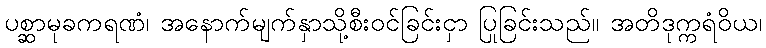
ပစ္ဆာမုခကရဏံ၊ အနောက်မျက်နှာသို့စီးဝင်ခြင်းငှာ ပြုခြင်းသည်။ အတိဒုက္ကရံဝိယ၊